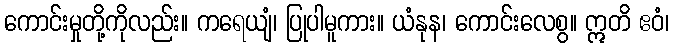
ကောင်းမှုတို့ကိုလည်း။ ကရေယျံ၊ ပြုပါမူကား။ ယံနုန၊ ကောင်းလေစွ။ ဣတိ ဧဝံ၊